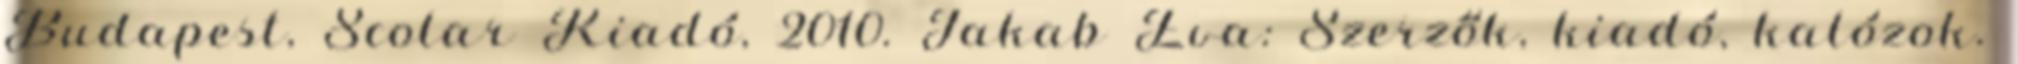
Budapest, Scolar Kiadó, 2010. Jakab Éva: Szerzők, kiadó, kalózok.